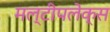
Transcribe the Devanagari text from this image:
मल्टीपलेक्स